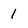
Character: 1